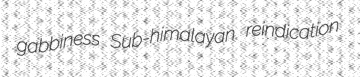
gabbiness Sub-himalayan reindication